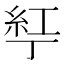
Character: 𬻤